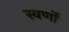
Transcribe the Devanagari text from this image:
स्वर्णों